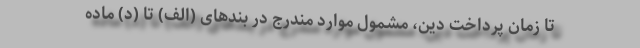
تا زمان پرداخت دین، مشمول موارد مندرج در بندهای (الف) تا (د) ماده